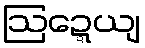
ဩဍ္ဍေယျ